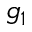
g _ { 1 }